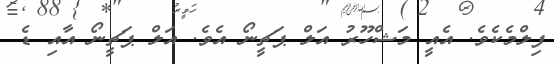
ފިލްމެކެވެ. އެއީ މަޝްހޫރު އަލް ޕަޗީނޯ އެވެ. އަލް ޕަޗީނޯ އާއި ޑެ